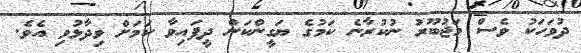
ދުވަހަކު ވެސް މަޖުބޫރު ނުކުރާނެ ކަމުގެ ޔަގީންކަން ދީފައިވާ ކަަމަށް ވިދާޅުވި އެވެ.